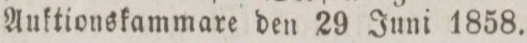
Auktionskammare den 29 Juni 1858.